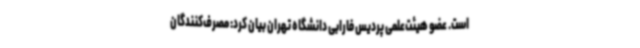
است. عضو هیئت‌علمی پردیس فارابی دانشگاه تهران بیان کرد: مصرف‌کنندگان